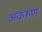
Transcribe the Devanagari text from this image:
अकरुण